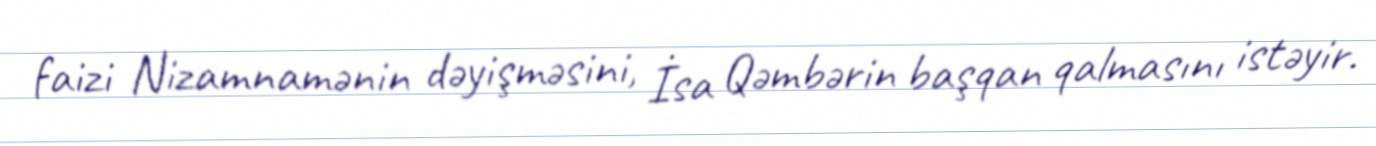
faizi Nizamnamənin dəyişməsini, İsa Qəmbərin başqan qalmasını istəyir.